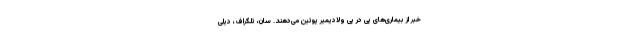
خبر از بیماری‌های پی در پی ولادیمیر پوتین می‌دهند. سان، تلگراف، دیلی